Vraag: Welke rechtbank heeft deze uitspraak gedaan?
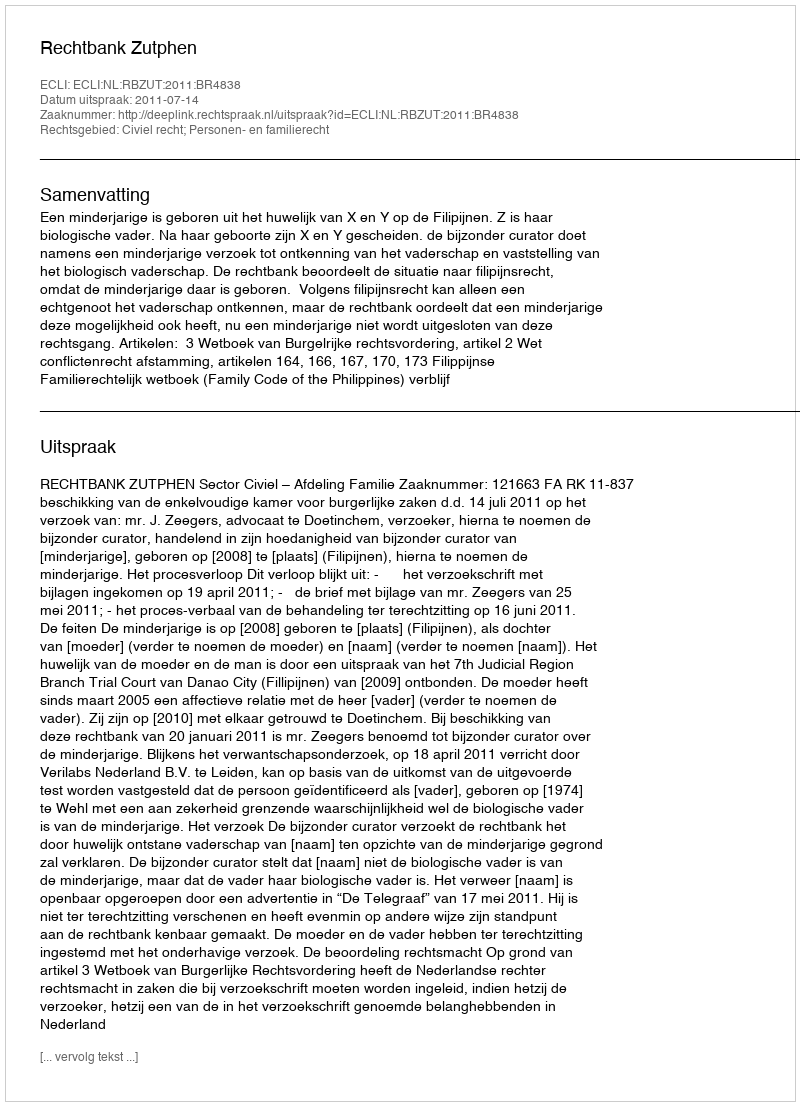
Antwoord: Rechtbank Zutphen